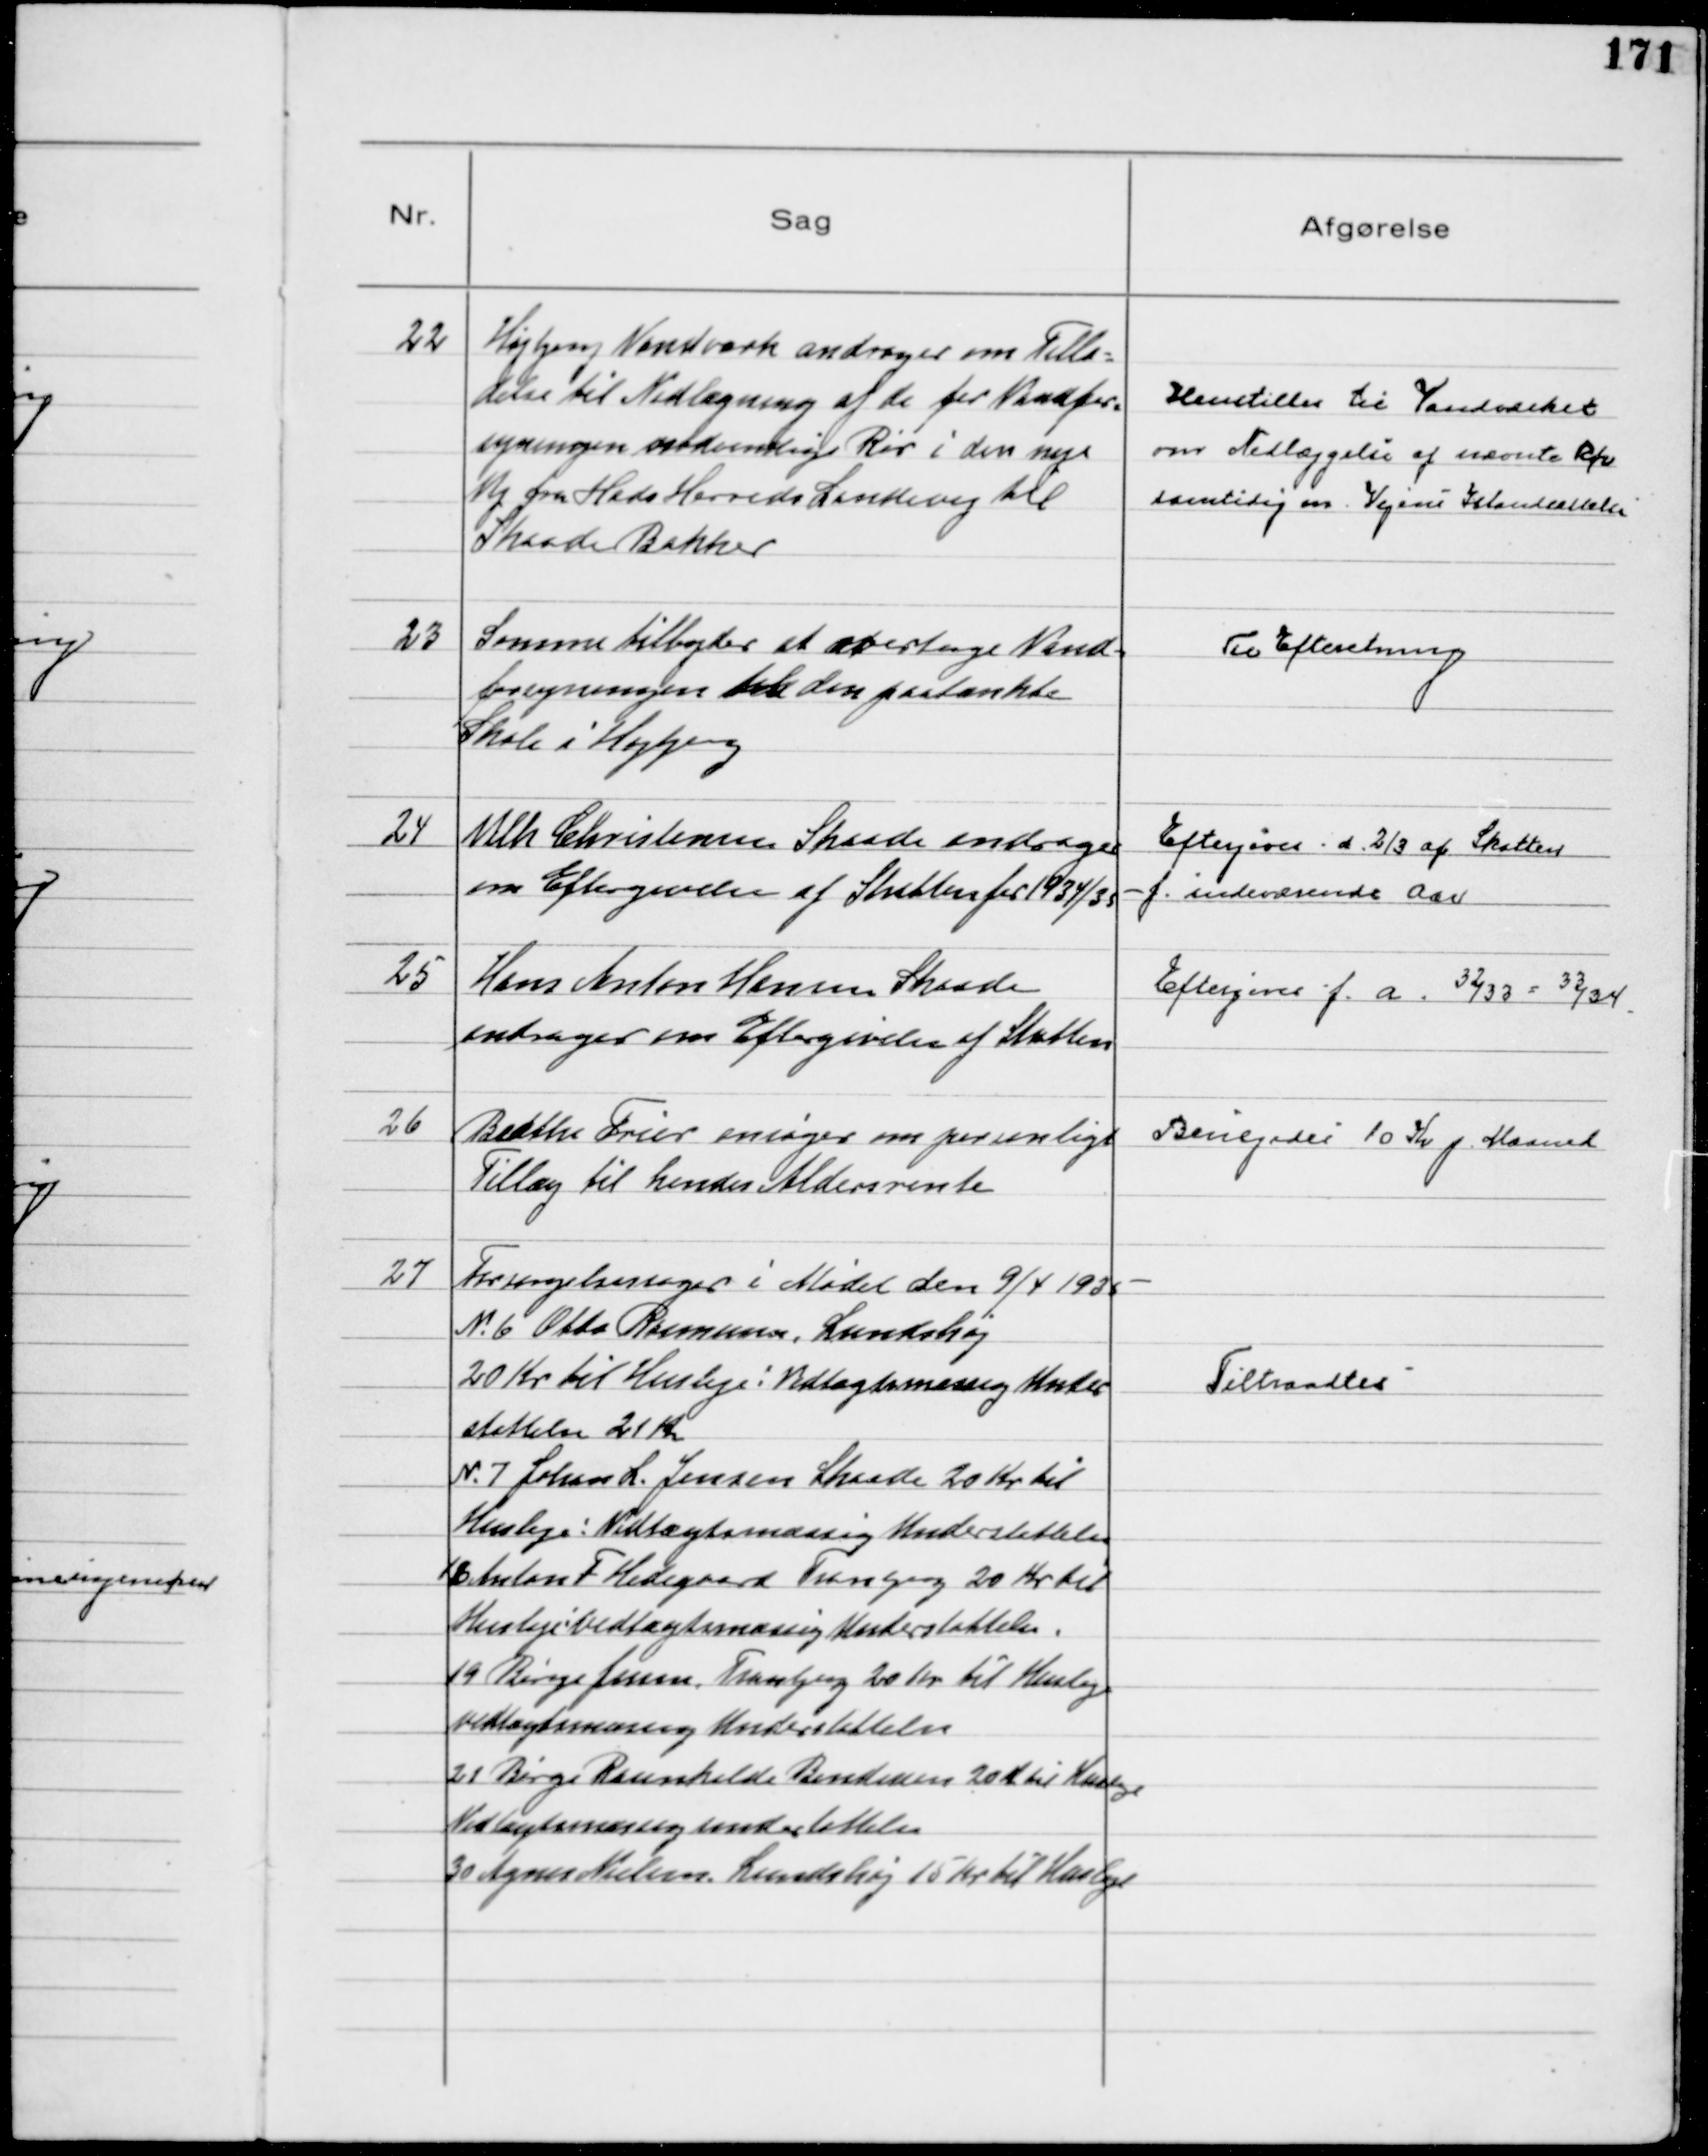
Transskription:
22
Højbjerg Vandværk andrager om Tilla=
delse til Nedlægning af de for Vandfor=
syningen nødvendige Rør i den nye
Vej fra Hads Herreds Landevej til
Skaade Bakker

Henstiller til Vandværket
om Nedlæggelse af nævnte Rør
samtidig m. Vejens Istandsættelse

23
Samme tilbyder at overtage Vand=
forsyningen til den paatænkte
Skole i Højbjerg

Til Efteretning

24
Vilh Christensen Skaade andrager
om Eftergivelse af Skatten for 1934/35
Eftergives. d. ⅔ af Skatten
f. indeværende Aar

25
Hasns Anton Hansen Skaade
andrager om Eftergivelse af Skatten

Eftergives f. a. 32/33 - 33/34

26
Beathe Frier ansøger om personligt
Tillæg til hendes Aldersrente

Bevilgedes 10 Kr p Maaned

27
Forsørgelsessager i Mødet den 9/4 1935
№ 6 Otto Rasmussen, Lundshøj
20 Kr til Husleje: Vedtægtsmæssig Under
støttelse 21 Kr
№ 7 Johan L. Jensen Skaade 20 Kr til
Husleje: Vedtægtsmæssig Understøttelse
16 Anton F Hedegaard Tranbjerg 20 Kr til
Husleje: Vedtægtsmæssig Understøttelse.
19 Børge Jensen, Tranbjerg 20 Kr til Husleje
Vedtægtsmæssig Understøttelse
21 Børge Raunkilde Bendixen 20 Kr til Husleje
Vedtægtsmæssig Understøttelse
30 Agnes Nielsen Lundshøj 15 Kr til Husleje

Tiltraadtes